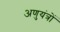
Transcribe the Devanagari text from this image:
अणुयंत्रों